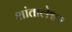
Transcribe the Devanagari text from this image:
शांतालेश्वर